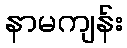
နာမကျန်း